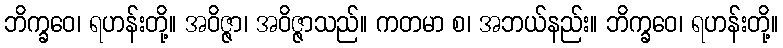
ဘိက္ခဝေ၊ ရဟန်းတို့။ အဝိဇ္ဇာ၊ အဝိဇ္ဇာသည်။ ကတမာ စ၊ အဘယ်နည်း။ ဘိက္ခဝေ၊ ရဟန်းတို့။